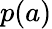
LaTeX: p(a)